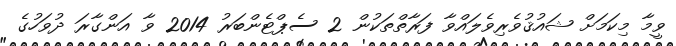
ވީމާ މިކަމަށް ޝައުޤުވެރިވެލައްވާ ފަރާތްތަކުން 2 ސެޕްޓެންބަރު 2014 ވާ އަންގާރަ ދުވަހުގެ